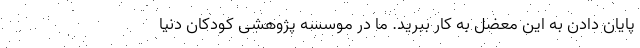
پایان دادن به این معضل به کار ببرید. ما در موسسه پژوهشی کودکان دنیا